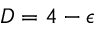
D = 4 - \epsilon